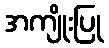
အကျိုးပြု